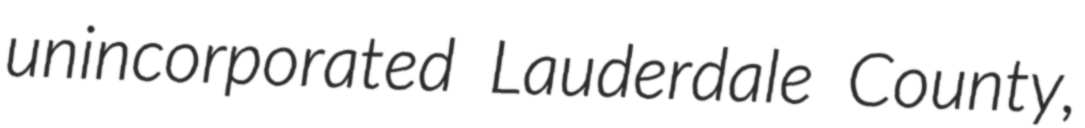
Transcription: unincorporated Lauderdale County,